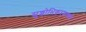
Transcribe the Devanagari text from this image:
सुशोभिकरणाकडे